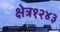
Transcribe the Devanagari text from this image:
क्षेत्र१२४३